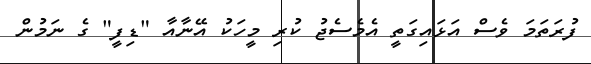
ފުރަތަމަ ވެސް އަޅައިގަތީ އެމެސެޖު ކުރި މީހަކު އޭނާއާ "ޑިފީ" ގެ ނަމުން